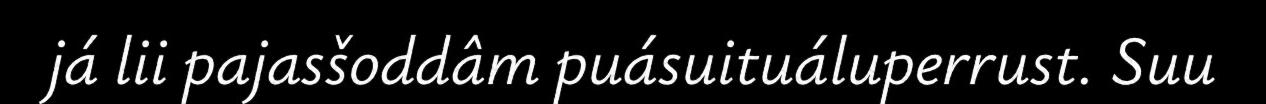
já lii pajasšoddâm puásuituáluperrust. Suu